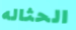
الحثاله